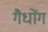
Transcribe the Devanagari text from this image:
गैधोंग